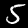
Digit: 5